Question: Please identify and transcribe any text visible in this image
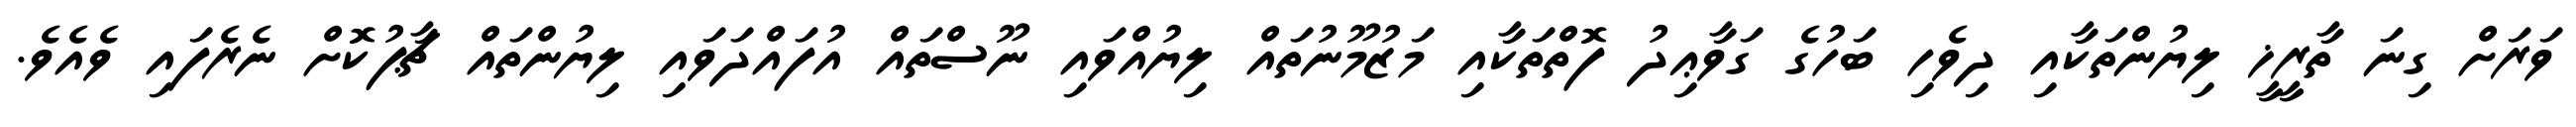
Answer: ވަރަށް ގިނަ ތާރީޚީ ލިޔުންތަކާއި ދިވެހި ބަހުގެ ގަވާޢިދު ފޮތްތަކާއި މަޒުމޫނުތައް ލިޔުއްވައި ނޫސްތައް އުފައްދަވައި ލިޔުންތައް ޗާޕުކޮށް ނެރެފައި ވެއެވެ.